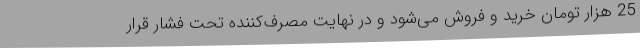
25 هزار تومان خرید و فروش می‌شود و در نهایت مصرف‌کننده تحت فشار قرار